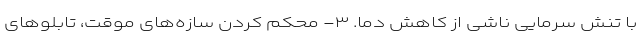
با تنش سرمایی ناشی از کاهش دما. ۳- محکم کردن سازه‌های موقت، تابلو‌های